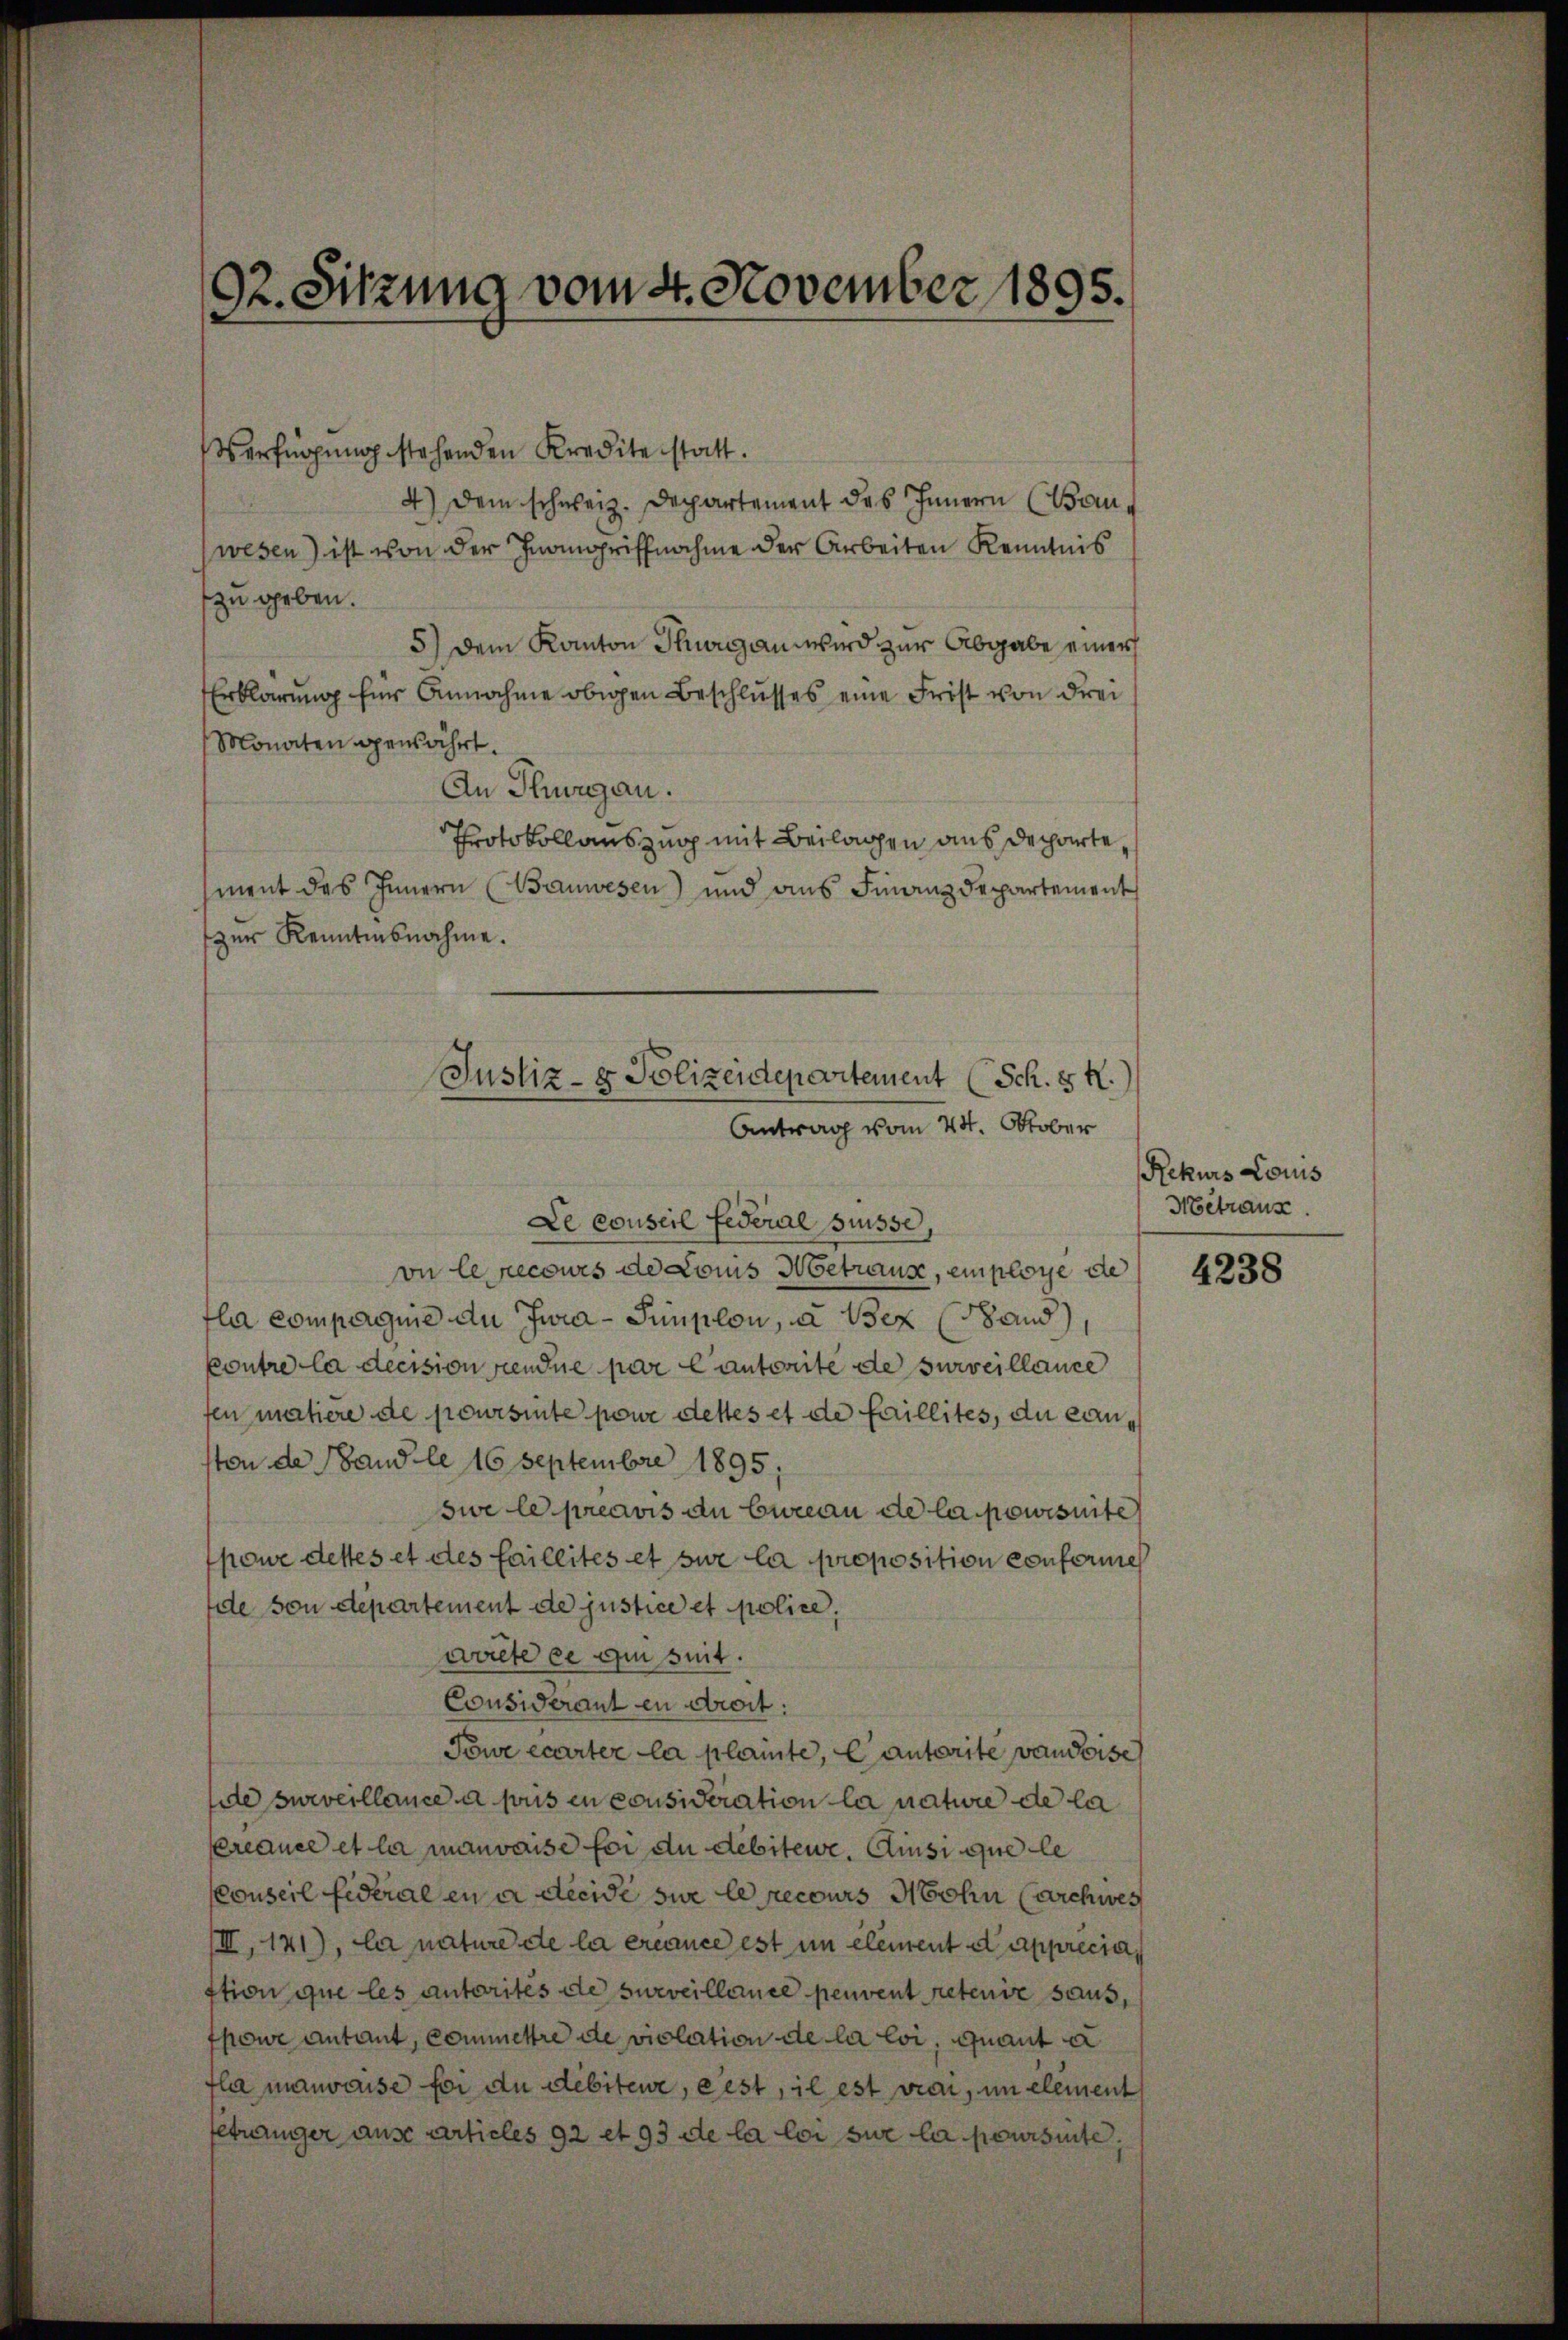
92. Sitzung vom 4. November 1895.

Verfügung stehenden Kredite statt.
4) Dem schweiz. Departement des Innern (Banwesen) ist von der Inangriffnahme der Arbeiten Kenntnis
zu geben.
5) Dem Kanton Thurgan wird zur Abgabe einer
Erklärung für Annahme obigen Beschlusses eine Frist von drei
Monaten gewährt.
An Thurgau.
Protokollauszug mit Beilagen aus departe,
ment des Innern (Bauwesen) und aus Finanzdepartement
zur Kenntnisnahme.

Justiz- & Polizeidepartement
Sch. 5 R.)
Antrag vom 24. Oktober
Le conseil Federal Suisse,

vn Eerecours de Louis Hoetraus, employe de
fla compagnie an Zwia-Simplon, a Bex Sand
kontre la decision sendue par Cantorite de surveillance
fen matiere de poursinte pour dettes et de faillites, du canston de Band le 16 Septembre 1895,
sie le préavis au bureau de la powisuite
powe dettes et des faillités et sie la proposition confermeh
de von departement de justice et police,
wolte ce qui seit.
Considerant en droit:
Towe écarter la plante, Cantorite vaudoise
de surveillance a pris en consideration la nature de la
reance et la mauvaise foi du débitere. Ainsi que le
Konseil fideral einer decidi sue le recours Hohn (Archives
III, 141), la nature de la créance est im element et apprecia
stion que les autorités de surveillance peuvent retenir saus,
fpowe Antant, commettre de violation de la loi, quant a
fla mauvaise foi du débiteur, erst, il est vier, in element
fetränger aus Articles 92 et 93 de la loi sur la poursinte,

Rekurs Locus
Metraus.

4238